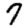
Digit: 7